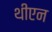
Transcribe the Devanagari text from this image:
थीएन